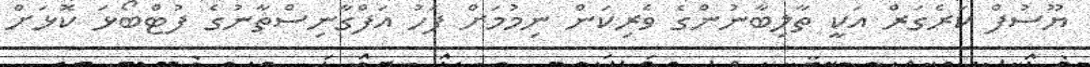
ޔޫސުފް ކަރެގަރް އަކީ ތާލިބާނުންގެ ވެރިކަން ނިމުމަށް ފަހު އަފްގާނިސްތާނުގެ ފުޓްބޯޅަ ކޮޅަށް